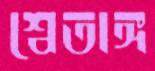
শ্বেতাঙ্গ